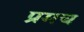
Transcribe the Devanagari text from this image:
प्रमच